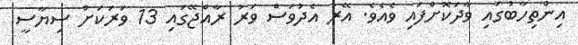
އިންތިހާބުގައި ވާދަކޮށްފައި ވެއެވެ. އޭރު އެދުވަސް ވަރު ރާއްޖޭގައި 13 ވަރަކަށް ސިޔާސީ